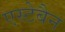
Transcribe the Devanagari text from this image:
एस्टेबैन